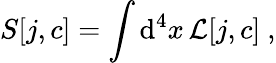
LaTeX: S[j,c]=\int\mathrm{d}^{4}x\, {\cal L}[j,c]\ ,